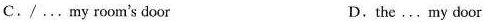
C./... my room's door D.the ... my door